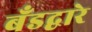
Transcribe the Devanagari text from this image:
बँडद्वारे